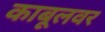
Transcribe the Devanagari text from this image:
काबूलवर